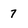
Character: 7